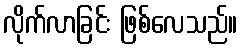
လိုက်လာခြင်း ဖြစ်လေသည်။